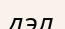
дэл